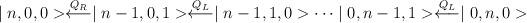
LaTeX: \begin{align*}\mid n,0,0>\buildrel{Q_{\scriptscriptstyle R}}\over\longleftarrow \mid n-1,0,1>\buildrel{Q_{\scriptscriptstyle L}}\over\longleftarrow\mid n-1,1,0> \dots\mid0,n-1,1>\buildrel{Q_{\scriptscriptstyle L}}\over\longleftarrow\mid 0,n,0>\end{align*}